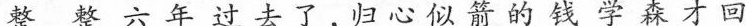
狴整六年过去了，归心似箭的钱学森才回